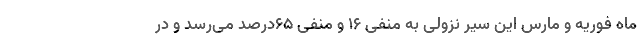
ماه فوریه و مارس این سیر نزولی به منفی ۱۶ و منفی ۶۵درصد می‌رسد و در